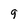
Character: 9